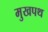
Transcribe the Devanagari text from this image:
मुखपथ